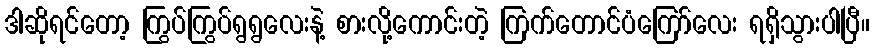
ဒါဆိုရင်တော့ ကြွပ်ကြွပ်ရွရွလေးနဲ့ စားလို့ကောင်းတဲ့ ကြက်တောင်ပံကြော်လေး ရရှိသွားပါပြီ။